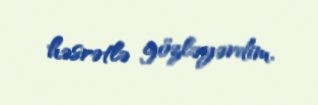
həsrətlə gözləyərdim.